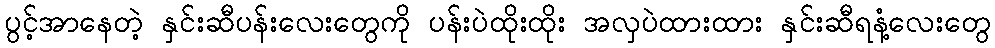
ပွင့်အာနေတဲ့ နှင်းဆီပန်းလေးတွေကို ပန်းပဲထိုးထိုး အလှပဲထားထား နှင်းဆီရနံ့လေးတွေ